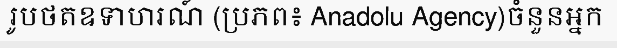
រូបថតឧទាហរណ៍ (ប្រភព៖ Anadolu Agency)ចំនួនអ្នក